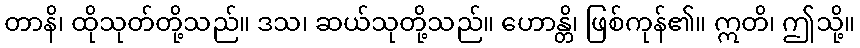
တာနိ၊ ထိုသုတ်တို့သည်။ ဒသ၊ ဆယ်သုတို့သည်။ ဟောန္တိ၊ ဖြစ်ကုန်၏။ ဣတိ၊ ဤသို့။